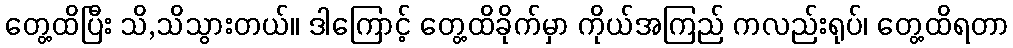
တွေ့ထိပြီး သိ,သိသွားတယ်။ ဒါကြောင့် တွေ့ထိခိုက်မှာ ကိုယ်အကြည် ကလည်းရုပ်၊ တွေ့ထိရတာ